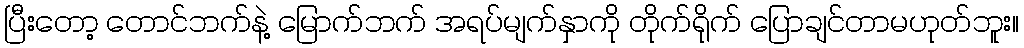
ပြီးတော့ တောင်ဘက်နဲ့ မြောက်ဘက် အရပ်မျက်နှာကို တိုက်ရိုက် ပြောချင်တာမဟုတ်ဘူး။